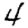
Digit: 4